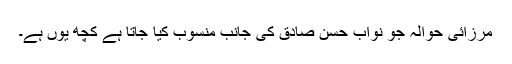
مرزائی حوالہ جو نواب حسن صادق کی جانب منسوب کیا جاتا ہے کچھ یوں ہے۔